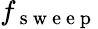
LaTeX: f_{\mathrm{~s~w~e~e~p~}}